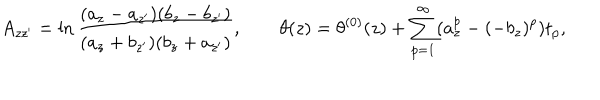
A _ { z z ^ { \prime } } = \ln \frac { ( a _ { z } - a _ { z ^ { \prime } } ) ( b _ { z } - b _ { z ^ { \prime } } ) } { ( a _ { z } + b _ { z ^ { \prime } } ) ( b _ { z } + a _ { z ^ { \prime } } ) } , \qquad \theta ( z ) = \theta ^ { ( 0 ) } ( z ) + \sum _ { p = 1 } ^ { \infty } ( a _ { z } ^ { p } - ( - b _ { z } ) ^ { p } ) t _ { p } ,